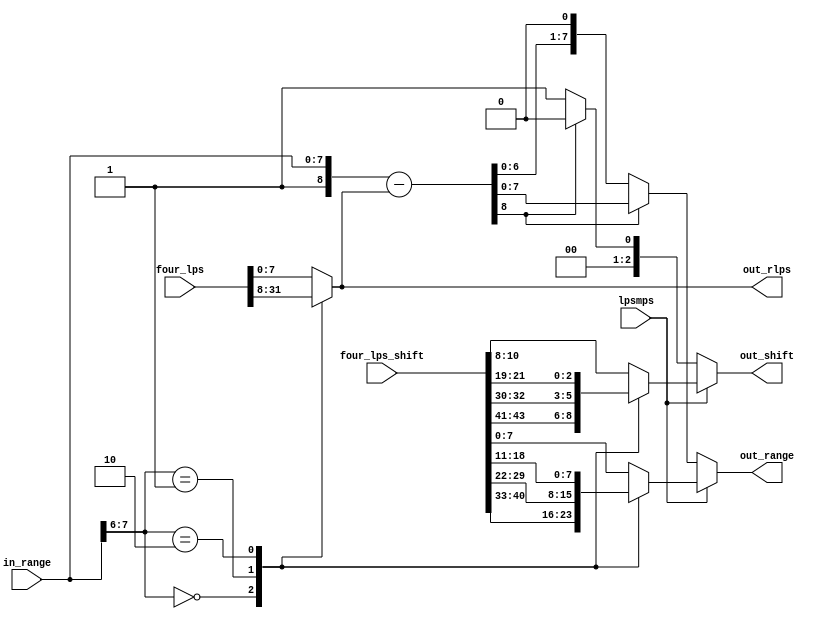
//-----------------------------------------------------------------------------------------------------------------------------
//
//  COPYRIGHT (C) 2011, VIPcore Group, Fudan University
//
//  THIS FILE MAY NOT BE MODIFIED OR REDISTRIBUTED WITHOUT THE
//  EXPRESSED WRITTEN CONSENT OF VIPcore Group
//
//  VIPcore       : http://soc.fudan.edu.cn/vip
//  IP Owner      : Yibo FAN
//  Contact       : fanyibo@fudan.edu.cn
//-----------------------------------------------------------------------------------------------------------------------------
// Description    : update range
// DATA & EDITION:  2017/12/26    from waseda
//                  2018/3/01   edit by liwei
// $Id$
//-----------------------------------------------------------------------------------------------------------------------------

module cabac_urange4_full(
           in_range,
           lpsmps,
           four_lps,
           four_lps_shift,
           out_range,
           out_rlps,
           out_shift
       );

//input and output //{
input   [7:0] in_range;
input       lpsmps;
input   [31:0]  four_lps;
input   [43:0]  four_lps_shift;
output  wire[7:0] out_range;
output  wire[7:0] out_rlps;
output  wire[2:0] out_shift;
//}

//signals //{
reg   [7:0]   rlps;
reg   [7:0]   rlps_shift;
reg   [2:0]   shift_lps;
wire  [8:0]   rmps;
wire  [7:0]   rmps_shift;
wire        shift_mps;
//}

//logic //{
always @(*) //rlps_shift, rlps, shift_lps
begin
    rlps = four_lps[7:0];
    shift_lps = four_lps_shift[10:8];
    rlps_shift = four_lps_shift[7:0];
    case (in_range[7:6])
        2'b00 :
        begin
            rlps = four_lps[31:24];
            shift_lps = four_lps_shift[43:41];
            rlps_shift = four_lps_shift[40:33];
        end
        2'b01 :
        begin
            rlps = four_lps[23:16];
            shift_lps = four_lps_shift[32:30];
            rlps_shift = four_lps_shift[29:22];
        end
        2'b10 :
        begin
            rlps = four_lps[15:8];
            shift_lps = four_lps_shift[21:19];
            rlps_shift = four_lps_shift[18:11];
        end
        default:
        begin
            rlps = four_lps[7:0];
            shift_lps = four_lps_shift[10:8];
            rlps_shift = four_lps_shift[7:0];
        end
    endcase
end


assign rmps         = {1'b1, in_range} - rlps; // range
assign rmps_shift     = rmps[8] ? rmps[7:0] : {rmps[6:0], 1'b0}; // check range >=0x100
assign shift_mps      = rmps[8] ? 1'b0 : 1'b1; // when range < 0x100, renorm.
assign out_range      = lpsmps ? rlps_shift : rmps_shift;
assign out_shift      = lpsmps ? shift_lps : {2'b0, shift_mps};

assign out_rlps       = rlps;
//}

endmodule